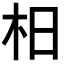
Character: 𣏬